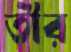
তীর